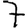
Digit: 7